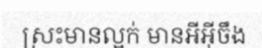
ស្រះមានល្អក់ មានអីអ៊ីចឹង